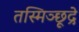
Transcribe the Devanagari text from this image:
तस्मिञ्छूद्रे